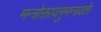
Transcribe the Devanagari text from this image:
मन्त्रोक्तावनुमन्त्रयते।